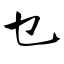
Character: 乜